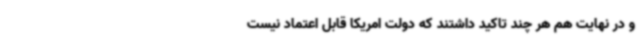
و در نهایت هم هر چند تاکید داشتند که دولت امریکا قابل اعتماد نیست